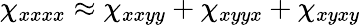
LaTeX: \chi_{xxxx}\approx\chi_{xxyy}+\chi_{xyyx}+\chi_{xyxy}